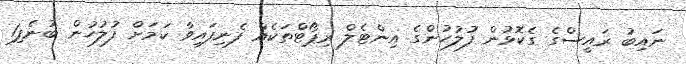
ނައިބު ރައީސްގެ ގެކޮޅުން ފުލުހުންގެ އިންޓެލް ރިޕޯޓްތަކެއް ފެނިފައިވާ ކަމަށް ފުލުހުން ބުނެފި1